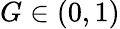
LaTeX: G\in(0,1)